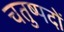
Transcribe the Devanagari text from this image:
चतुष्पदों